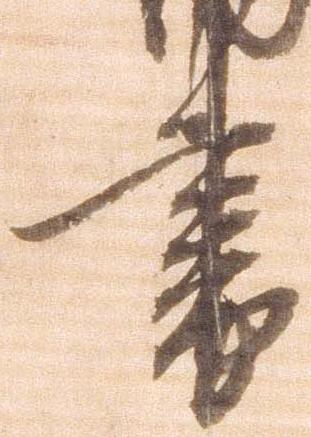
書